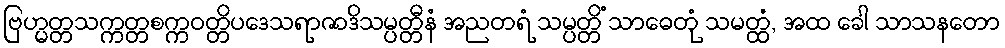
ဗြဟ္မတ္တသက္ကတ္တစက္ကဝတ္တိပဒေသရာဇာဒိသမ္ပတ္တီနံ အညတရံ သမ္ပတ္တိံ သာဓေတုံ သမတ္ထံ, အထ ခေါ သာသနတော